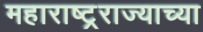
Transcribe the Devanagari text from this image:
महाराष्ट्रराज्याच्या